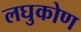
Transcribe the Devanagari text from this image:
लघुकोण